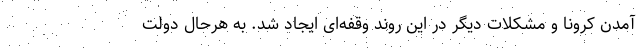
آمدن کرونا و مشکلات دیگر در این روند وقفه‌ای ایجاد شد. به هرحال دولت